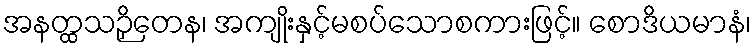
အနတ္ထသဉှိတေန၊ အကျိုးနှင့်မစပ်သောစကားဖြင့်။ စောဒိယမာနံ၊